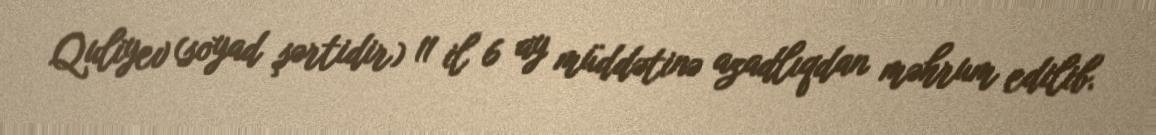
Quliyev (soyad şərtidir) 11 il 6 ay müddətinə azadlıqdan məhrum edilib.